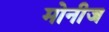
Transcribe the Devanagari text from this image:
मोनीज